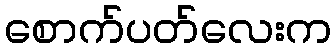
စောက်ပတ်လေးက